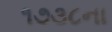
૧૭૩૮ના